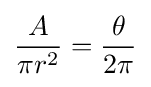
{\frac {A}{\pi r^{2}}}={\frac {\theta }{2\pi }}